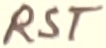
Text: RST